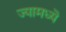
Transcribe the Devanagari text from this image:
ज्यामध्यॆ